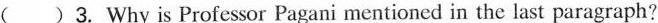
( )3. Why is Professor Pagani mentioned in the last paragraph?